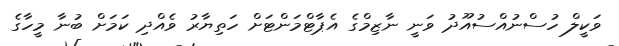
ވަކީލް ހުސްނުއްސުއޫދު ވަނީ ނާޒިމްގެ އެޕާޓްމަންޓަށް ހަތިޔާރު ވެއްދި ކަމަށް ބުނާ މީހާގެ